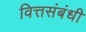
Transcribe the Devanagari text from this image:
वित्तसंबंधी